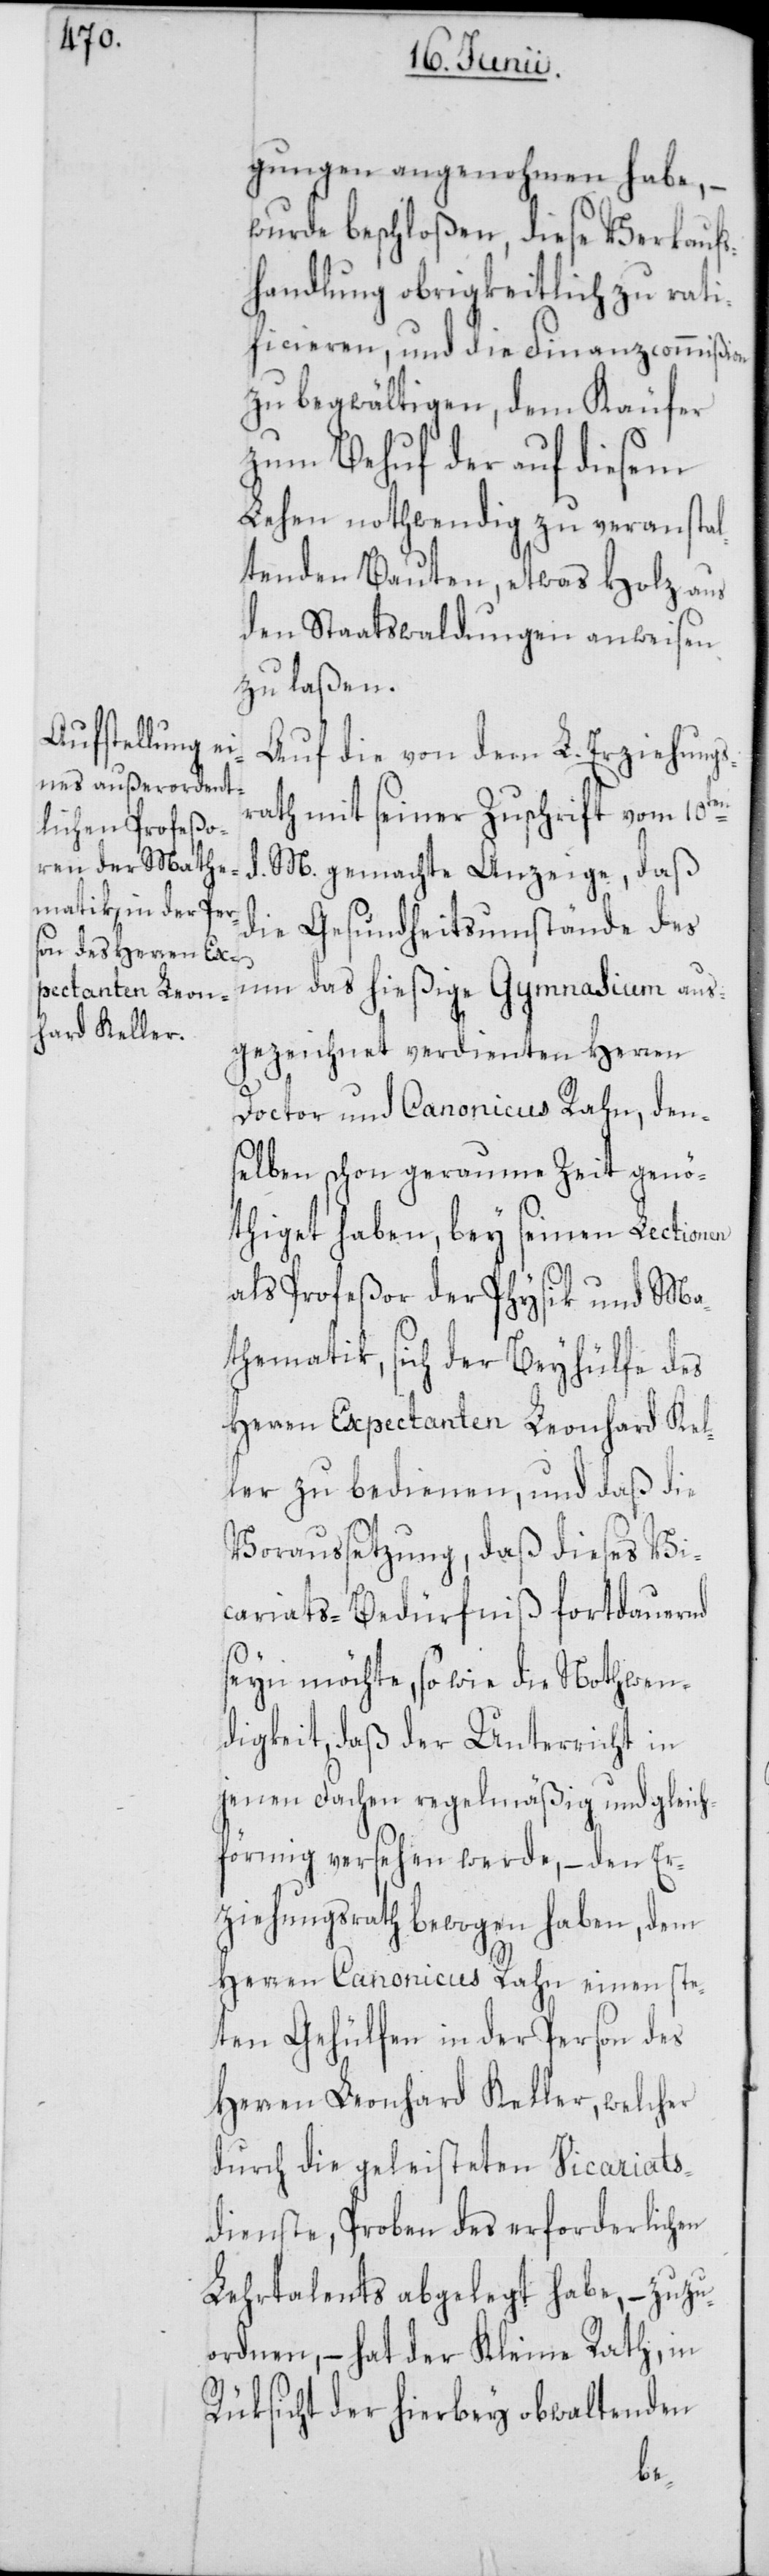
gungen angenohmen habe,
–wurde beschloßen, diese Verkaufs¬
handlungen obrigkeitlich zu rati¬
ficieren, und die Finanzcommißion
zu begwältigen, dem Käufer
zum Behuf der auf diesem
Lehen nothwendig zu veranstal¬
tenden Bauten, etwas Holz aus
den Staatswaldungen anweisen
zu laßen.
Auf die von dem L. Erziehungs¬
rath mit seiner Zuschrift vom 10ten
d. M. gemachte Anzeige, daß
die Gesundheitsumstände des
um das hießige Gymnasium aus¬
gezeichnet verdienten Herren
Doctor und Canonicus Rahn, den¬
selben schon geraume Zeit genö¬
thiget haben, bey seinen Lectionen
als Profeßor der Physik und Ma¬
thematik, sich der Beyhülfe des
Herren Expectanten Leonhard Kel¬
ler zu bedienen, und daß die
Voraussetzung, daß dieses Vi¬
cariats-Bedürfniß fortdauernd
seyn möchte, so wie die Nothwen¬
digkeit, daß der Unterricht in
jenen Sachen regelmäßig und gleich¬
förmig versehen werde, – den Er¬
ziehungsrath bewogen haben, dem
Herren Canonicus Rahn einen ste¬
ten Gehülfen in der Person des
Herren Leonhard Keller, welcher
durch die geleisteten Vicariats¬
dienste, Proben des erforderlichen
Lehrtalents abgelegt habe, – zuzu¬
ordnen, – hat der Kleine Rath, in
Rüksicht der hierbey obwaltenden